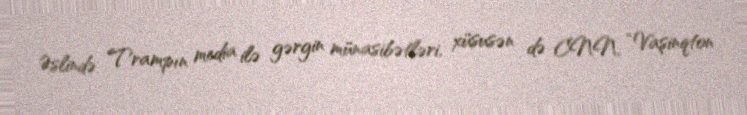
Əslində Trampın media ilə gərgin münasibətləri, xüsusən də CNN, “Vaşinqton